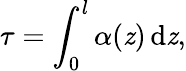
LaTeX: \tau=\int_{0}^{l}\alpha(\mathit{z})\, \mathrm{{d}}\mathit{z},